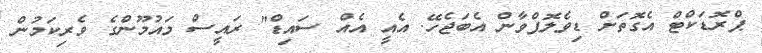
ޕްރޮޑަކްޓް އެގޮތަށް ޑިވެލޮޕްވާން އެބަޖެހޭ. އެއީ އެއް ސައިޑް" ރައީސް މައުމޫންގެ ވެރިކަމުން